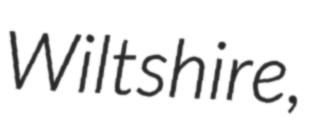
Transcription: Wiltshire,